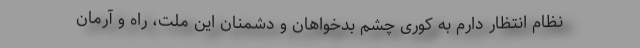
نظام انتظار دارم به کوری چشم بدخواهان و دشمنان این ملت، راه و آرمان